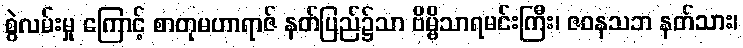
စွဲလမ်းမှု ကြောင့် စာတုမဟာရာဇ် နတ်ပြည်၌သာ ဗိမ္ဗိသာရမင်းကြီး၊ ဇဝနသဘ နတ်သား၊